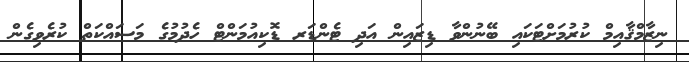
ނިޒާމްޤާއިމް ކުރުމަށްޓަކައި ބޭނުންވާ ޑިޒައިން އަދި ޓެންޑަރ ޑޮކިއުމަންޓް ހެދުމުގެ މަސައްކަތް ކުރެވިގެން